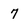
Character: 7